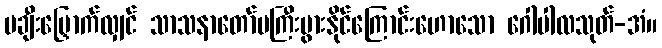
မချီးမြှောက်လျှင် သာသနာတော်မကြီးပွားနိုင်ကြောင်းဟောသော ဂေါပါလသုတ်-အံ။